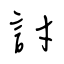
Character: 討